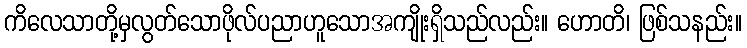
ကိလေသာတို့မှလွတ်သောဖိုလ်ပညာဟူသောအကျိုးရှိသည်လည်း။ ဟောတိ၊ ဖြစ်သနည်း။